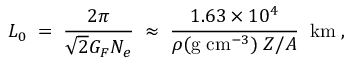
L _ { 0 } \; = \; \frac { 2 \pi } { \sqrt { 2 } G _ { F } N _ { e } } \; \approx \; \frac { 1 . 6 3 \times 1 0 ^ { 4 } } { \rho ( \mathrm { g \; c m } ^ { - 3 } ) \; Z / A } \; \; \mathrm { k m } \; ,